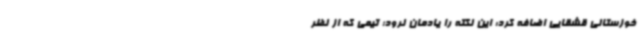
خوزستانی قشقایی اضافه کرد: این نکته را یادمان نرود؛ تیمی که از نظر